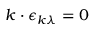
\boldsymbol { k } \cdot \boldsymbol { \epsilon } _ { \boldsymbol { k } \lambda } = 0